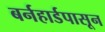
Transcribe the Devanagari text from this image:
बर्नहार्डपासून